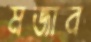
মজাব